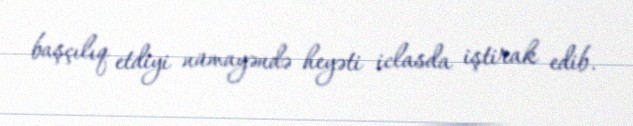
başçılıq etdiyi nümayəndə heyəti iclasda iştirak edib.